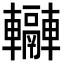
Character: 𨏬